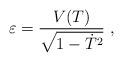
LaTeX: \begin{align*} \varepsilon = {V(T) \over \sqrt{1- \dot T ^2 }} \ ,\end{align*}